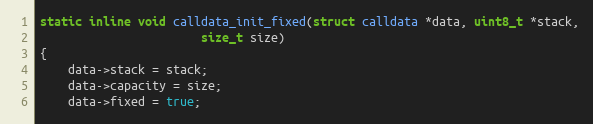
Language: C
static inline void calldata_init_fixed(struct calldata *data, uint8_t *stack,
				       size_t size)
{
	data->stack = stack;
	data->capacity = size;
	data->fixed = true;